Medical and sanitary report of the native army of Madras for the year
Year: 1876
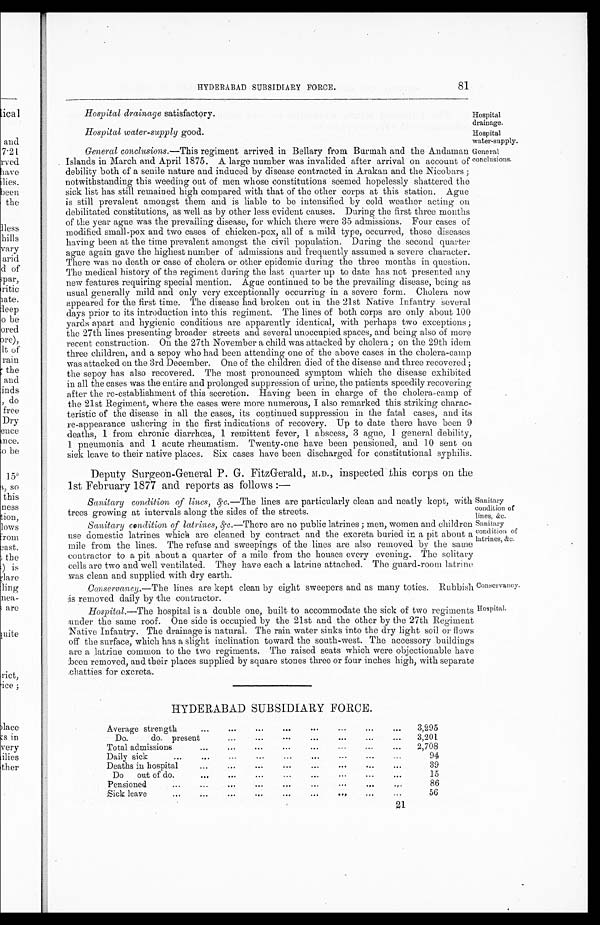
Hospital drainage satisfactory.
Hospital
drainage.
Hospital water-supply good.
Hospital
water-supply.
HYDERABAD SUBSIDIARY FORCE.
81
General conclusions.—This regiment arrived in Bellary from Burmah and the Andaman General
Islands in March and April 1875. A large number was invalided after arrival on account of conclusions.
debility both of a senile nature and induced by disease contracted in Arakan and the Nicobars ;
notwithstanding this weeding out of men whose constitutions seemed hopelessly shattered the
sick list has still remained high compared with that of the other corps at this station. Ague
is still prevalent amongst them and is liable to be intensified by cold weather acting on
debilitated constitutions, as well as by other less evident causes. During the first three months
of the year ague was the prevailing disease, for which there were 35 admissions. Four cases of
modified small-pox and two cases of chicken-pox, all of a mild type, occurred, those diseases
having been at the time prevalent amongst the civil population. During the second quarter
ague again gave the highest number of admissions and frequently assumed a severe character.
There was no death or case of cholera or other epidemic during the three months in question.
The medical history of the regiment during the last quarter up to date has not presented any
new features requiring special mention. Ague continued to be the prevailing disease, being as
usual generally mild and only very exceptionally occurring in a severe form. Cholera now
appeared for the first time. The disease had broken out in the 21st Native Infantry several
days prior to its introduction into this regiment. The lines of both corps are only about 100
yards apart and hygienic conditions are apparently identical, with perhaps two exceptions ;
the 27th lines presenting broader streets and several unoccupied spaces, and being also of more
recent construction. On the 27th November a child was attacked by cholera ; on the 29th idem
three children, and a sepoy who had been attending one of the above cases in the cholera-camp
was attacked on the 3rd December. One of the children died of the disease and three recovered ;
the sepoy has also recovered. The most pronounced symptom which the disease exhibited
in all the cases was the entire and prolonged suppression of urine, the patients speedily recovering
after the re-establishment of this secretion. Having been in charge of the cholera-camp of
the 21st Regiment, where the cases were more numerous, I also remarked this striking charac-
teristic of the disease in all the cases, its continued suppression in the fatal cases, and its
re-appearance ushering in the first indications of recovery. Up to date there have been 9
deaths, 1 from chronic diarrhœa, 1 remittent fever, 1 abscess, 3 ague, 1 general debility,
1 pneumonia and 1 acute rheumatism. Twenty-one have been pensioned, and 10 sent on
sick leave to their native places. Six cases have been discharged for constitutional syphilis.
Deputy Surgeon-General P. G. FitzGerald, M.D., inspected this corps on the
1st February 1877 and reports as follows :—
Sanitary condition of lines, &c.—The lines are particularly clean and neatly kept, with
trees growing at intervals along the sides of the streets.
Sanitary condition of latrines, &c.—There are no public latrines ; men, women and children
use domestic latrines which are cleaned by contract and the excreta buried in a pit about a
mile from the lines. The refuse and sweepings of the lines are also removed by the same
contractor to a pit about a quarter of a mile from the houses every evening. The solitary
cells are two and well ventilated. They have each a latrine attached. The guard-room latrine
was clean and supplied with dry earth.
Conservancy.—The lines are kept clean by eight sweepers and as many toties. Rubbish
:is removed daily by the contractor.
Sanitary
condition of
lines, &c.
Sanitary
condition of
latrines, &c.
Conservancy.
Hospital.
Hospital.—The hospital is a double one, built to accommodate the of two sick regiments
:under the same roof. One side is occupied by the 21st and the other by the 27th Regiment
Native Infantry. The drainage is natural. The rain water sinks into the dry light soil or flows
off the surface, which has a slight inclination toward the south-west. The accessory buildings
are a latrine common to the two regiments. The raised seats which were objectionable have
been removed., and their places supplied by square stones three or four inches high, with separate
,chatties for excreta.
HYDERABAD SUBSIDIARY FORCE.
...
...
...
Average strength
...
...
...
...
...
3,295
...
Do.
do. present
...
.00
000
...
...
. . .
3,201
...
Total admissions
...
000
...
...
...
...
2,708
...
...
...
Daily sick
...
000
0100
...
94
...
...
...
Deaths in hospital
000
...
...
...
39
...
...
...
...
...
Do
out of do.
...
...
...
15
...
...
...
...
. . .
Pensioned.
...
...
,
86
...
:Sick leave...
0S8
.00
OOP
...
...
56
21